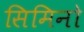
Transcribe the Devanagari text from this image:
सिमिनो